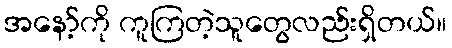
အနော့်ကို ကူကြတဲ့သူတွေလည်းရှိတယ်။